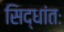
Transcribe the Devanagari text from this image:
सिद्धांतः